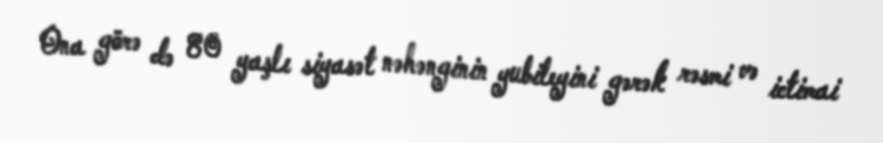
Ona görə də 80 yaşlı siyasət nəhənginin yubileyini gərək rəsmi və ictimai